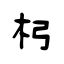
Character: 杛